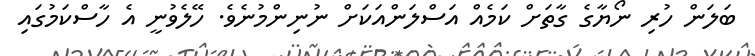
ބަލަން ހުރި ނޯޔާގެ ގާތަށް ކަމެއް އަސްލަންއަކަށް ނުނިންމުނެވެ. ހޭލެވުނީ އެ ހާސްކަމުގައި